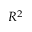
R ^ { 2 }